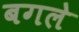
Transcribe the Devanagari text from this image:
बगले